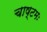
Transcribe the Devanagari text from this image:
चाष्टमः